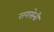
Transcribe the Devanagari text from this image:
सरासेनी